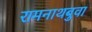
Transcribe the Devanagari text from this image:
रामनाथबुवा